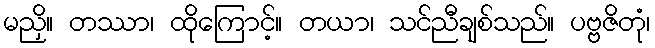
မညှိ။ တဿာ၊ ထိုကြောင့်။ တယာ၊ သင်ညီချစ်သည်။ ပဗ္ဗဇိတုံ၊